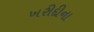
ખરીદીના